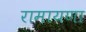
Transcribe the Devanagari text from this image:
रामायणा